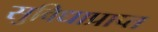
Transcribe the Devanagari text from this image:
सुविधाप्राप्त